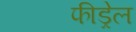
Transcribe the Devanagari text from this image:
फीड्रेल